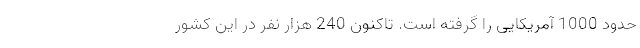
حدود 1000 آمریکایی را گرفته است. تاکنون 240 هزار نفر در این کشور